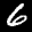
Label: 6